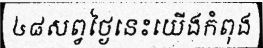
៤៨សព្វថ្ងៃនេះយើងកំពុង